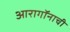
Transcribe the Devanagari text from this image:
आरागॉनाची